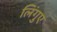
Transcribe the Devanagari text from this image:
लिंगुए